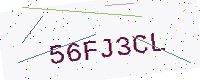
Text: 56FJ3CL